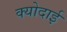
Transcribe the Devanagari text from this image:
क्योदाई